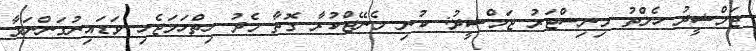
ޖަމްޝީދު ހެލްތު މިނިސްޓަރު ޖަމްޝީދު: ކުނި މެނޭޖްކުރާ ގޮތާ މެދު ހިތްހަމަޖެހި ވަޑައިނުގަންނަވާ